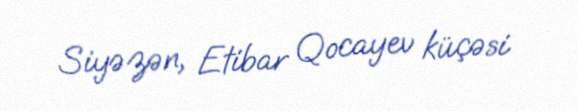
Siyəzən, Etibar Qocayev küçəsi